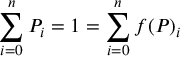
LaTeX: \sum _ { i = 0 } ^ { n } { P _ { i } } = 1 = \sum _ { i = 0 } ^ { n } { f ( P ) _ { i } }